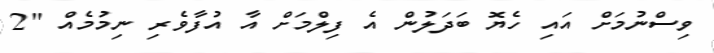
ވިސްނުމަށް އައި ހެޔޮ ބަދަލުން އެ ފިލްމަށް އާ އުފާވެރި ނިމުމެއް "2